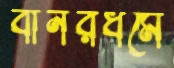
বানরধর্মে